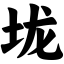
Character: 垅